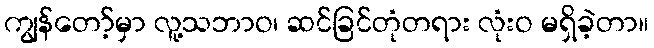
ကျွန်တော့်မှာ လူ့သဘာဝ၊ ဆင်ခြင်တုံတရား လုံးဝ မရှိခဲ့တာ။